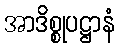
အာဒိစ္စုပဋ္ဌာနံ